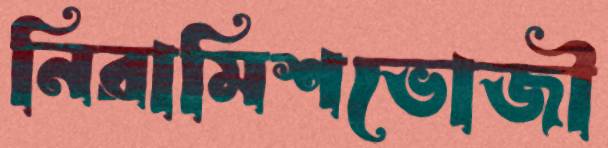
নিরামিশভোজী